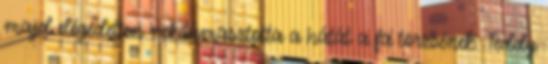
majd elégedetten nekitámasztotta a hátát a fa törzsének. Teddy